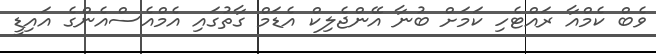
ވެބް ކެމްއާ ރައްޓެހި ކަމަށް ބުނާ އޭންޖެލިކް އެޑަމް ގާތުގައި އެމްއެސްއެންގެ އައިޑީ